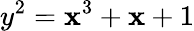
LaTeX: y^{2}=\mathbf{x}^{3}+\mathbf{x}+1